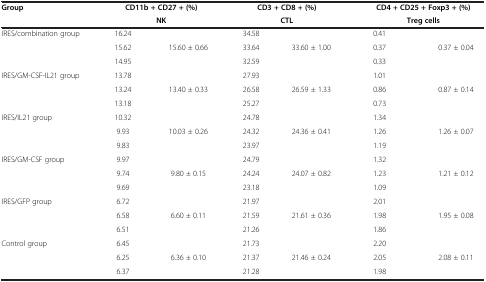
<table><thead><tr><td rowspan="2"><b>Group</b></td><td colspan="2"><b>CD11b + CD27 + (%)</b></td><td colspan="2"><b>CD3 + CD8 + (%)</b></td><td colspan="2"><b>CD4 + CD25 + Foxp3 + (%)</b></td></tr><tr><td colspan="2"><b>NK</b></td><td colspan="2"><b>CTL</b></td><td colspan="2"><b>Treg cells</b></td></tr></thead><tbody><tr><td rowspan="3">IRES/combination group</td><td>16.24</td><td rowspan="3">15.60 ± 0.66</td><td>34.58</td><td rowspan="3">33.60 ± 1.00</td><td>0.41</td><td rowspan="3">0.37 ± 0.04</td></tr><tr><td>15.62</td><td>33.64</td><td>0.37</td></tr><tr><td>14.95</td><td>32.59</td><td>0.33</td></tr><tr><td rowspan="3">IRES/GM-CSF-IL21 group</td><td>13.78</td><td rowspan="3">13.40 ± 0.33</td><td>27.93</td><td rowspan="3">26.59 ± 1.33</td><td>1.01</td><td rowspan="3">0.87 ± 0.14</td></tr><tr><td>13.24</td><td>26.58</td><td>0.86</td></tr><tr><td>13.18</td><td>25.27</td><td>0.73</td></tr><tr><td rowspan="3">IRES/IL21 group</td><td>10.32</td><td rowspan="3">10.03 ± 0.26</td><td>24.78</td><td rowspan="3">24.36 ± 0.41</td><td>1.34</td><td rowspan="3">1.26 ± 0.07</td></tr><tr><td>9.93</td><td>24.32</td><td>1.26</td></tr><tr><td>9.83</td><td>23.97</td><td>1.19</td></tr><tr><td rowspan="3">IRES/GM-CSF group</td><td>9.97</td><td rowspan="3">9.80 ± 0.15</td><td>24.79</td><td rowspan="3">24.07 ± 0.82</td><td>1.32</td><td rowspan="3">1.21 ± 0.12</td></tr><tr><td>9.74</td><td>24.24</td><td>1.23</td></tr><tr><td>9.69</td><td>23.18</td><td>1.09</td></tr><tr><td rowspan="3">IRES/GFP group</td><td>6.72</td><td rowspan="3">6.60 ± 0.11</td><td>21.97</td><td rowspan="3">21.61 ± 0.36</td><td>2.01</td><td rowspan="3">1.95 ± 0.08</td></tr><tr><td>6.58</td><td>21.59</td><td>1.98</td></tr><tr><td>6.51</td><td>21.26</td><td>1.86</td></tr><tr><td rowspan="3">Control group</td><td>6.45</td><td rowspan="3">6.36 ± 0.10</td><td>21.73</td><td rowspan="3">21.46 ± 0.24</td><td>2.20</td><td rowspan="3">2.08 ± 0.11</td></tr><tr><td>6.25</td><td>21.37</td><td>2.05</td></tr><tr><td>6.37</td><td>21.28</td><td>1.98</td></tr></tbody></table>